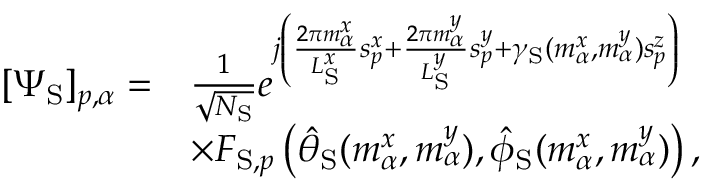
\begin{array} { r l } { [ \boldsymbol { \Psi } _ { \mathrm { S } } ] _ { p , \alpha } = } & { \frac { 1 } { \sqrt { N _ { \mathrm { S } } } } e ^ { j \left( \frac { 2 \pi m _ { \alpha } ^ { x } } { L _ { \mathrm { S } } ^ { x } } s _ { p } ^ { x } + \frac { 2 \pi m _ { \alpha } ^ { y } } { L _ { \mathrm { S } } ^ { y } } s _ { p } ^ { y } + \gamma _ { \mathrm { S } } ( m _ { \alpha } ^ { x } , m _ { \alpha } ^ { y } ) s _ { p } ^ { z } \right) } } \\ & { \times F _ { \mathrm { S } , p } \left( \hat { \theta } _ { \mathrm { S } } ( m _ { \alpha } ^ { x } , m _ { \alpha } ^ { y } ) , \hat { \phi } _ { \mathrm { S } } ( m _ { \alpha } ^ { x } , m _ { \alpha } ^ { y } ) \right) , } \end{array}